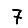
Digit: 7